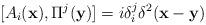
LaTeX: \begin{align*}[A_{i}({\bf x}),\Pi^{j}({\bf y})] = i \delta_i^j \delta^2 ({\bf x}-{\bf y})\end{align*}